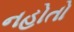
નહોતો